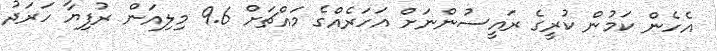
އެހެން ކަމުން ކުރީގެ ރައީސުންނަށް އަހަރެއްގެ މައްޗަށް 9.6 މިލިއަން ރުފިޔާ ހަރަދު